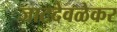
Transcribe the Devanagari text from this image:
जाटदेवळेकर